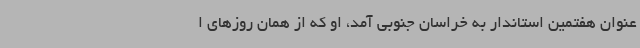
عنوان هفتمین استاندار به خراسان جنوبی آمد، او که از همان روزهای ا